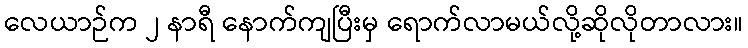
လေယာဉ်က ၂ နာရီ နောက်ကျပြီးမှ ရောက်လာမယ်လို့ဆိုလိုတာလား။